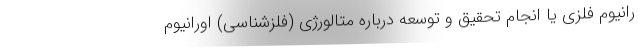
رانیوم فلزی یا انجام تحقیق و توسعه درباره متالورژی (فلزشناسی) اورانیوم